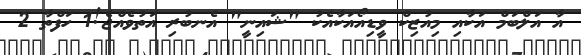
އާ އަލްބަމް އަކާއި މިއުޒިކް ވީޑިއޯއަކާއެކު "ޝައިނީ" އެނބުރި އަތުވެއްޖެ!1 ހަފްތާ 2